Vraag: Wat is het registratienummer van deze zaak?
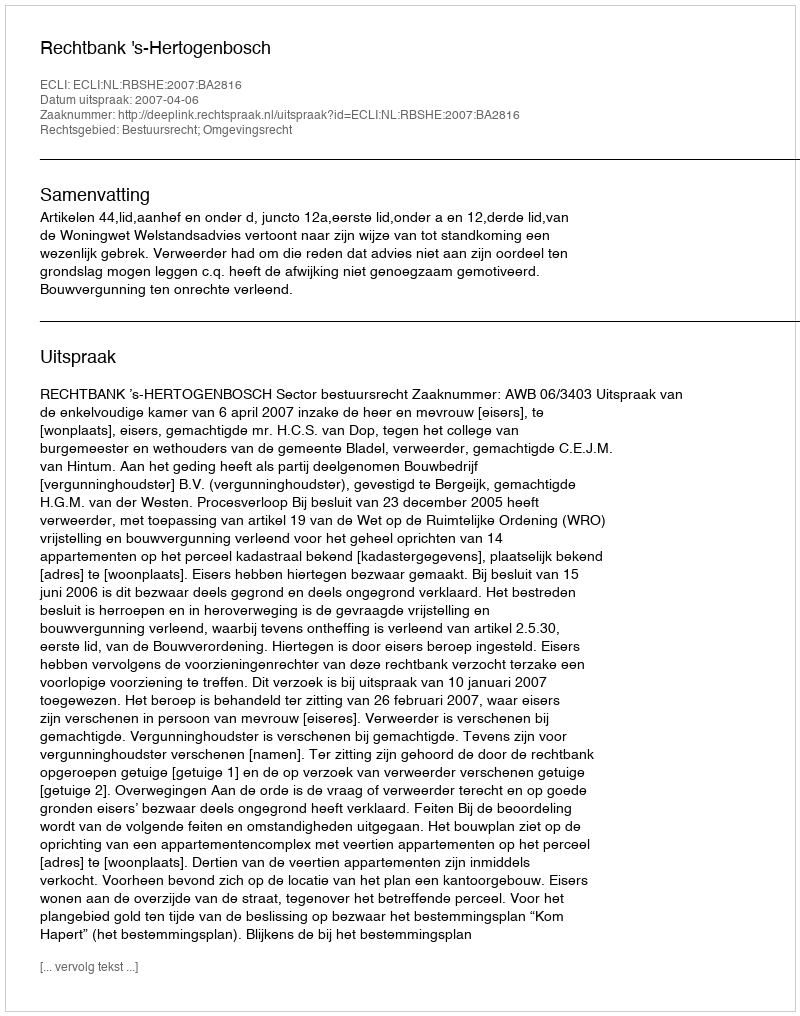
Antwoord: http://deeplink.rechtspraak.nl/uitspraak?id=ECLI:NL:RBSHE:2007:BA2816